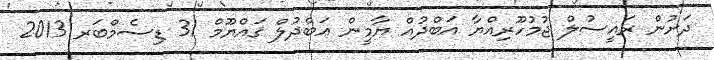
ދަށުން ރައީސުލް ޖުމުހޫރިއްޔާ އަބްދުއް ޔާމީން ޢަބްދުލް ޤައްޔޫމް 31 ޑިސެމްބަރ 2013